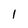
Character: 1